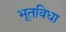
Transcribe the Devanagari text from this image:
भूतविधा